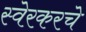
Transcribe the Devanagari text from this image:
स्वेरकरचे